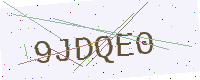
Text: 9JDQE0